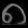
Digit: ၈